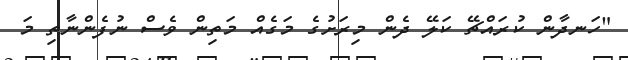
"ހަނދާން ކުރައްޗޭ ކަލޭ ދެން މިރަށުގެ މަގެއް މަތިން ވެސް ނުފެންނާތި މަ